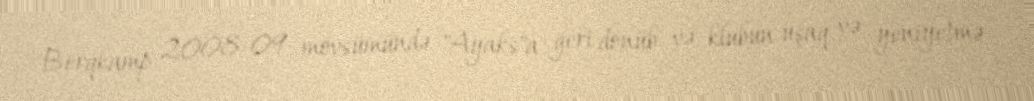
Berqkamp 2008-09 mövsümündə "Ayaks"a geri dönüb və klubun uşaq və yeniyetmə